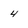
Character: 4